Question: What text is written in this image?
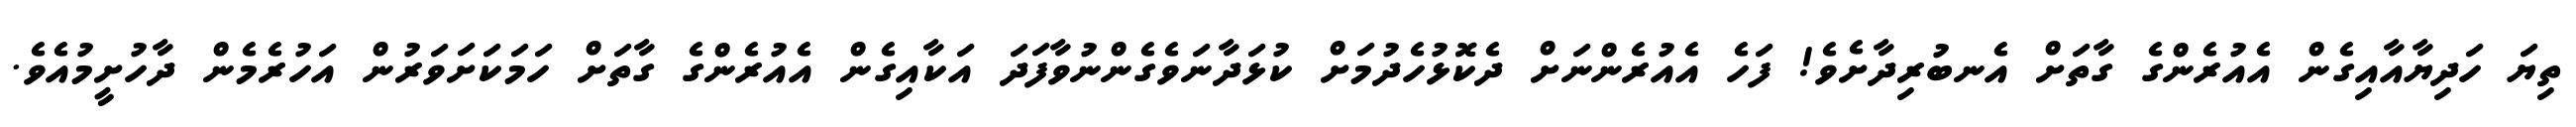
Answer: ތިޔަ ހަދިޔާއާއިގެން އެއުރެންގެ ގާތަށް އެނބުރިދާށެވެ! ފަހެ އެއުރެންނަށް ދެކޮޅުހެދުމަށް ކުޅަދާނަވެގެންނުވާފަދަ އަކާއިގެން އެއުރެންގެ ގާތަށް ހަމަކަށަވަރުން އަހުރެމެން ދާހުށީމުއެވެ.